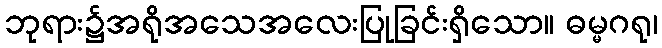
ဘုရား၌အရိုအသေအလေးပြုခြင်းရှိသော။ ဓမ္မဂရု၊